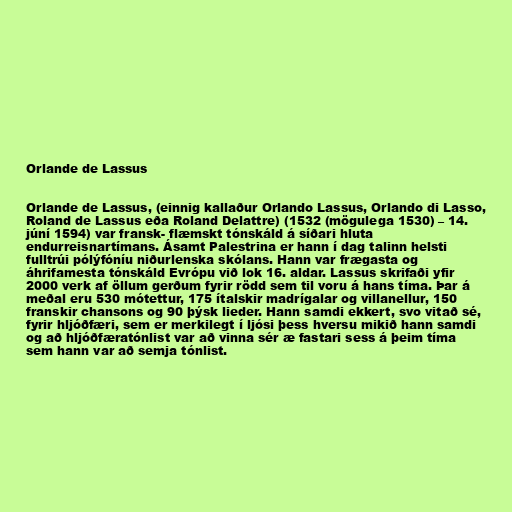
Orlande de Lassus

Orlande de Lassus, (einnig kallaður Orlando Lassus, Orlando di Lasso,
Roland de Lassus eða Roland Delattre) (1532 (mögulega 1530) – 14.
júní 1594) var fransk- flæmskt tónskáld á síðari hluta
endurreisnartímans. Ásamt Palestrina er hann í dag talinn helsti
fulltrúi pólýfóníu niðurlenska skólans. Hann var frægasta og
áhrifamesta tónskáld Evrópu við lok 16. aldar. Lassus skrifaði yfir
2000 verk af öllum gerðum fyrir rödd sem til voru á hans tíma. Þar á
meðal eru 530 mótettur, 175 ítalskir madrígalar og villanellur, 150
franskir chansons og 90 þýsk lieder. Hann samdi ekkert, svo vitað sé,
fyrir hljóðfæri, sem er merkilegt í ljósi þess hversu mikið hann samdi
og að hljóðfæratónlist var að vinna sér æ fastari sess á þeim tíma
sem hann var að semja tónlist.